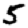
Digit: 5